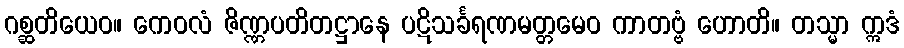
ဂစ္ဆတိယေဝ။ ကေဝလံ ဇိဏ္ဏပတိတဋ္ဌာနေ ပဋိသင်္ခရဏမတ္တမေဝ ကာတဗ္ဗံ ဟောတိ။ တသ္မာ ဣဒံ